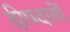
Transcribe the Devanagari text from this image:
दीपदानों